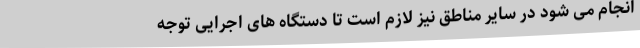
انجام می شود در سایر مناطق نیز لازم است تا دستگاه های اجرایی توجه